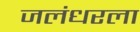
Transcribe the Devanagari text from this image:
जलंधरला